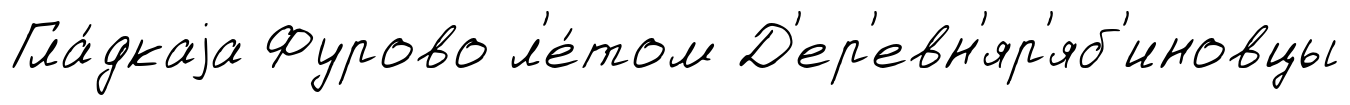
Гла́дкаjа Фурово л'е́том Д'ер'евн'яр'яб'иновцы